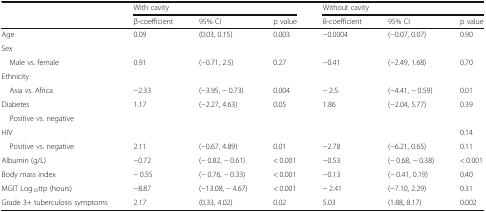
| <ROWSPAN=2>  | <COLSPAN=3> With cavity | <COLSPAN=3> Without cavity |
 | β-coefficient | 95% CI | p value | B-coefficient | 95% CI | p value |
 | --- | --- | --- | --- | --- | --- | --- |
 | Age | 0.09 | (0.03, 0.15) | 0.003 | −0.0004 | (−0.07, 0.07) | 0.90 |
 | <COLSPAN=7> Sex |
 | Male vs. female | 0.91 | (−0.71, 2.5) | 0.27 | −0.41 | (−2.49, 1.68) | 0.70 |
 | <COLSPAN=7> Ethnicity |
 | Asia vs. Africa | −2.33 | (−3.95, − 0.73) | 0.004 | − 2.5 | (−4.41, − 0.59) | 0.01 |
 | Diabetes | 1.17 | (−2.27, 4.63) | 0.05 | 1.86 | (−2.04, 5.77) | 0.39 |
 | Positive vs. negative |  |  |  |  |  |  |
 | HIV |  |  |  |  |  | 0.14 |
 | Positive vs. negative | 2.11 | (−0.67, 4.89) | 0.01 | −2.78 | (−6.21, 0.65) | 0.11 |
 | Albumin (g/L) | −0.72 | (− 0.82, − 0.61) | < 0.001 | −0.53 | (− 0.68, − 0.38) | < 0.001 |
 | Body mass index | − 0.55 | (− 0.76, − 0.33) | < 0.001 | −0.13 | (− 0.41, 0.19) | 0.40 |
 | MGIT Log10ttp (hours) | −8.87 | (−13.08, − 4.67) | < 0.001 | − 2.41 | (−7.10, 2.29) | 0.31 |
 | Grade 3+ tuberculosis symptoms | 2.17 | (0.33, 4.02) | 0.02 | 5.03 | (1.88, 8.17) | 0.002 |